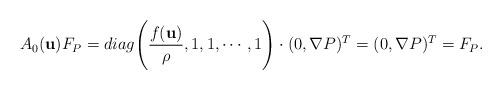
LaTeX: \begin{align*}A_{0}(\textbf{u})F_{P}= diag\Bigg(\frac{f(\textbf{u})}{\rho}, 1, 1, \cdots, 1\Bigg) \cdot (0, \nabla P)^{T} = (0,\nabla P)^{T}=F_{P}.\end{align*}